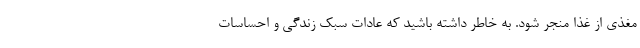
مغذی از غذا منجر شود. به خاطر داشته باشید که عادات سبک زندگی و احساسات